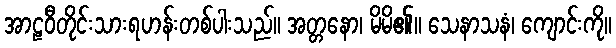
အာဠဝီတိုင်းသားရဟန်းတစ်ပါးသည်။ အတ္တနော၊ မိမိ၏။ သေနာသနံ၊ ကျောင်းကို။